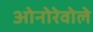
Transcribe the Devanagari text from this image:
ओनोरेवोले